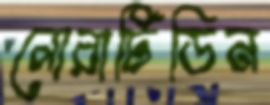
লোরাটিডিন